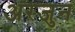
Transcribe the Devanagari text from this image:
अरजुन